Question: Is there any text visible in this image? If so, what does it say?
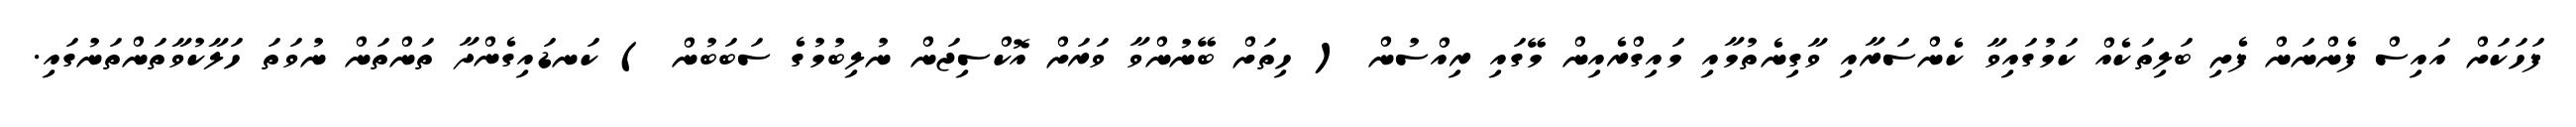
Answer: ފަހަކަށް އައިސް ފެންނަން ފެށި ބަލިތަކެއް ކަމުގައިވާ ކެންސަރާއި ވާގިނެތުމާއި މައިގްރެއިން މޭގައި ރިއްސުން ( ހިތަށް ބޭނުންވާ ވަރަށް އޮކްސިޖަން ނުލިބުމުގެ ސަބަބުން ) ކަނޑައިގެންދާ ތަންތަން ނުވަތަ ހަލާކުވާތަންތަނުގައި.